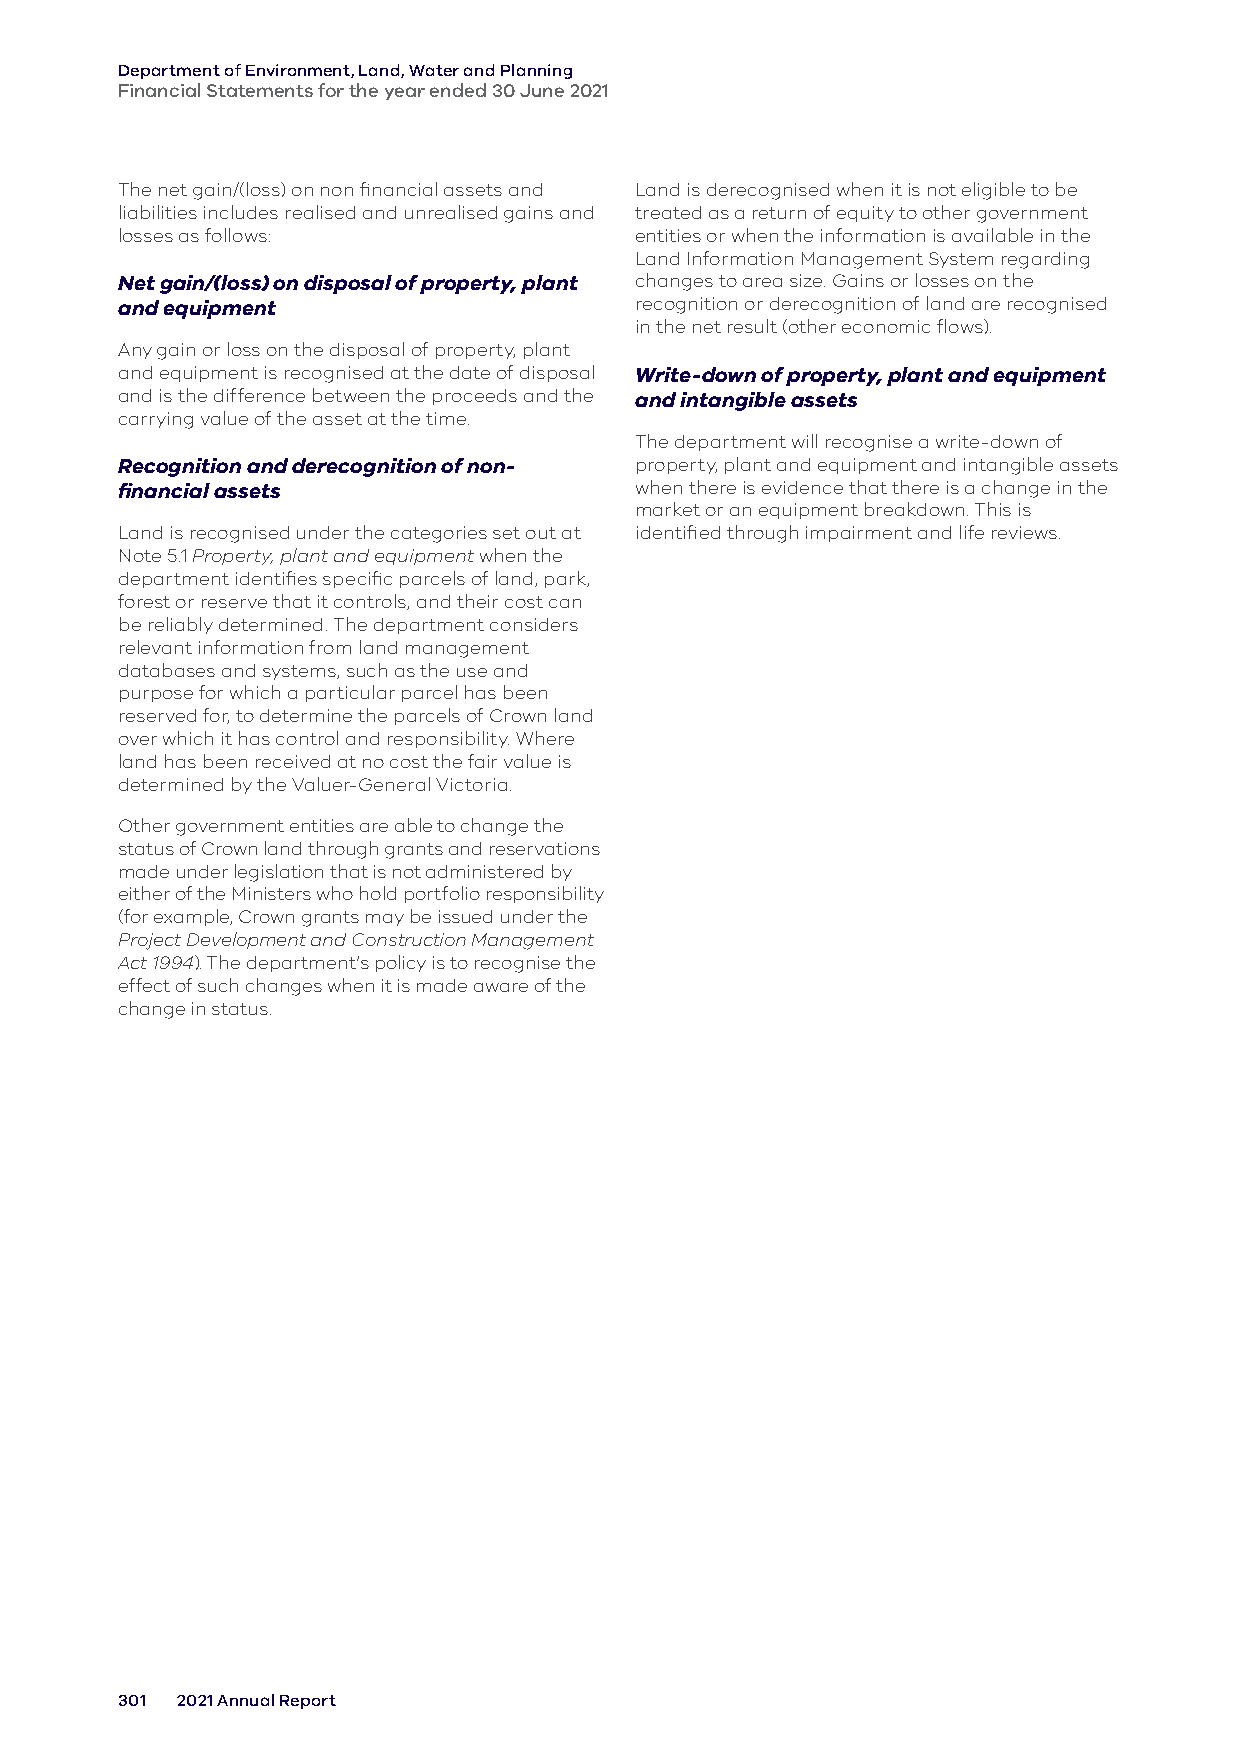
Department of Environment, Land, Water and Planning
 Financial Statements for the year ended 30 June 2021
 The net gain/(loss) on non financial assets and Land is derecognised when it is not eligible to be
 liabilities includes realised and unrealised gains and treated as a return of equity to other government
 losses as follows:                entities or when the information is available in the
 Land Information Management System regarding
 Net gain/(loss) on disposal of property, plant changes to area size. Gains or losses on the
 and equipment                     recognition or derecognition of land are recognised
 in the net result (other economic flows).
 Any gain or loss on the disposal of property, plant
 and equipment is recognised at the date of disposal Write-down of property, plant and equipment
 and is the difference between the proceeds and the and intangible assets
 carrying value of the asset at the time.
 The department will recognise a write-down of
 Recognition and derecognition of non- property, plant and equipment and intangible assets
 financial assets                  when there is evidence that there is a change in the
 market or an equipment breakdown. This is
 Land is recognised under the categories set out at identified through impairment and life reviews.
 Note 5.1 Property, plant and equipment when the
 department identifies specific parcels of land, park,
 forest or reserve that it controls, and their cost can
 be reliably determined. The department considers
 relevant information from land management
 databases and systems, such as the use and
 purpose for which a particular parcel has been
 reserved for, to determine the parcels of Crown land
 over which it has control and responsibility. Where
 land has been received at no cost the fair value is
 determined by the Valuer-General Victoria.
 Other government entities are able to change the
 status of Crown land through grants and reservations
 made under legislation that is not administered by
 either of the Ministers who hold portfolio responsibility
 (for example, Crown grants may be issued under the
 Project Development and Construction Management
 Act 1994). The department’s policy is to recognise the
 effect of such changes when it is made aware of the
 change in status.
 301 2021 Annual Report